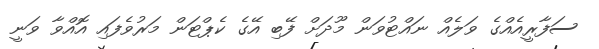
ސަފާރީއެއްގެ ވަލެއް ނައްޓުވަން މޫދަށް ފޭބި އޭގެ ކެޕްޓަން މަރުވެފައި އޮއްވާ ވަނީ